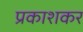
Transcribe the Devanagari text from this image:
प्रकाशकर